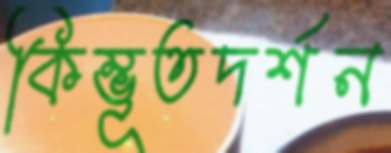
কিম্ভূতদর্শন